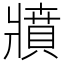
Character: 𤖘